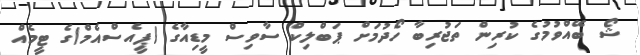
ޝޯ ބޭއްވުމުގެ ކުރިން ތަޖުރިބާ ހޯދުމަށް ޕަބްލިކް ސާވިސް މީޑިއާގެ (ޕީއެސްއެމް)ގެ ޓީމެއް